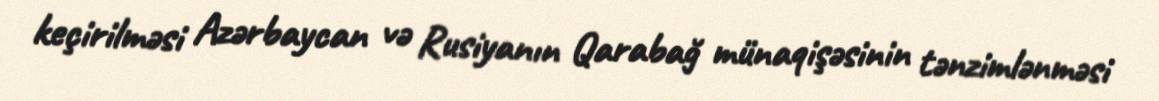
keçirilməsi Azərbaycan və Rusiyanın Qarabağ münaqişəsinin tənzimlənməsi